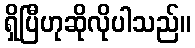
ရှိပြီဟုဆိုလိုပါသည်။